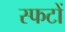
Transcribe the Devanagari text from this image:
स्फटों